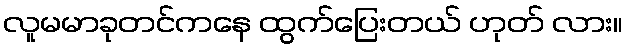
လူမမာခုတင်ကနေ ထွက်ပြေးတယ် ဟုတ် လား။